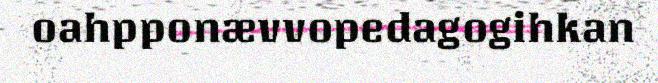
oahpponævvopedagogihkan